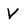
Character: v